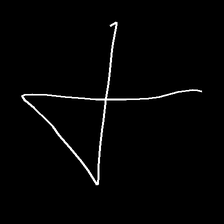
Glyph: collection